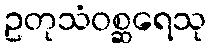
ဥတုသံဝစ္ဆရေသု